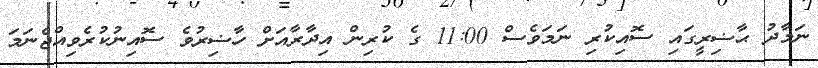
ނަމާދު ޙާޟިރީގައި ސޮއިކުރި ނަމަވެސް 11:00 ގެ ކުރިން އިދާރާއަށް ހާޟިރުވެ ސޮއިނުކުރެވިއްޖެނަމަ